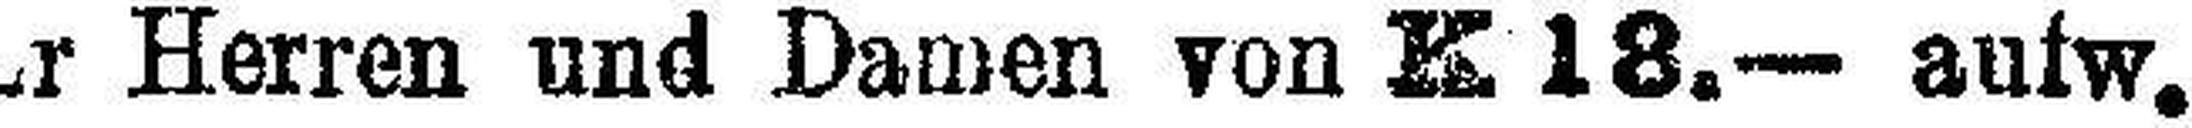
r Herren und Damen von K 18.— aufw.